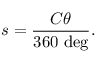
s = { \frac { C \theta } { 3 6 0 \ { \mathrm { d e g } } } } .